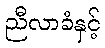
ညီလာခံနှင့်